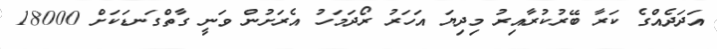
އަދަދެއްގެ ކަރާ ބޭރުކުރާއިރު މިދިޔަ އަހަރު ރޯދަމަހު އެރަށުން ވަނީ ގާތްގަނޑަކަށް 18000